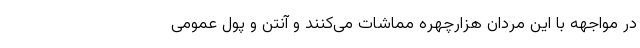
در مواجهه با این مردان هزارچهره مماشات می‌کنند و آنتن و پول عمومی